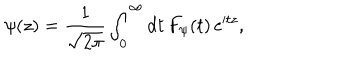
LaTeX: \psi ( z ) = { \frac { 1 } { \sqrt { 2 \pi } } } \int _ { 0 } ^ { \infty } \mathrm { d } t \, F _ { \psi } ( t ) \, \mathrm { e } ^ { \mathrm { i } t z } ,